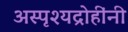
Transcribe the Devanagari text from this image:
अस्पृश्यद्रोहींनी